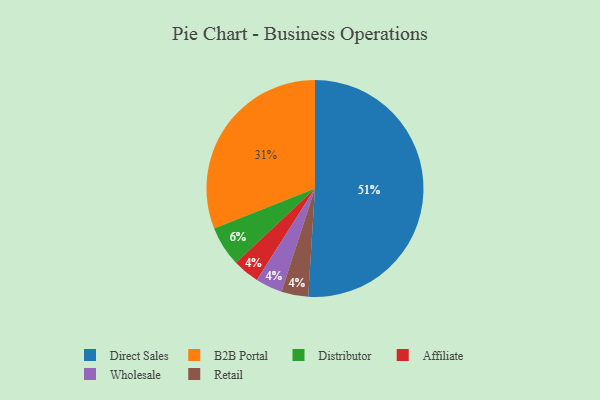
{"axis": {"x": "Category", "y": "Percentage"}, "legend": ["Affiliate", "B2B Portal", "Direct Sales", "Distributor", "Retail", "Wholesale"], "data": [{"x": "Direct Sales", "y": 51, "type": "Direct Sales"}, {"x": "B2B Portal", "y": 31, "type": "B2B Portal"}, {"x": "Distributor", "y": 6, "type": "Distributor"}, {"x": "Affiliate", "y": 4, "type": "Affiliate"}, {"x": "Wholesale", "y": 4, "type": "Wholesale"}, {"x": "Retail", "y": 4, "type": "Retail"}]}